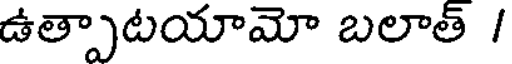
ఉత్పాటయామో బలాత్ /